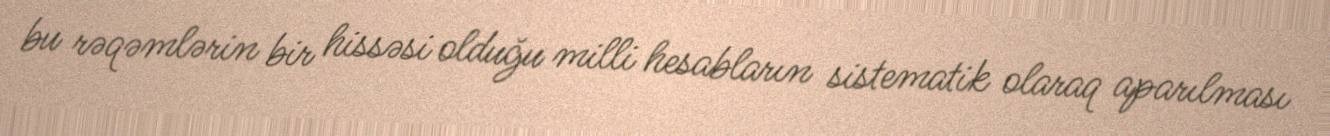
bu rəqəmlərin bir hissəsi olduğu milli hesabların sistematik olaraq aparılması